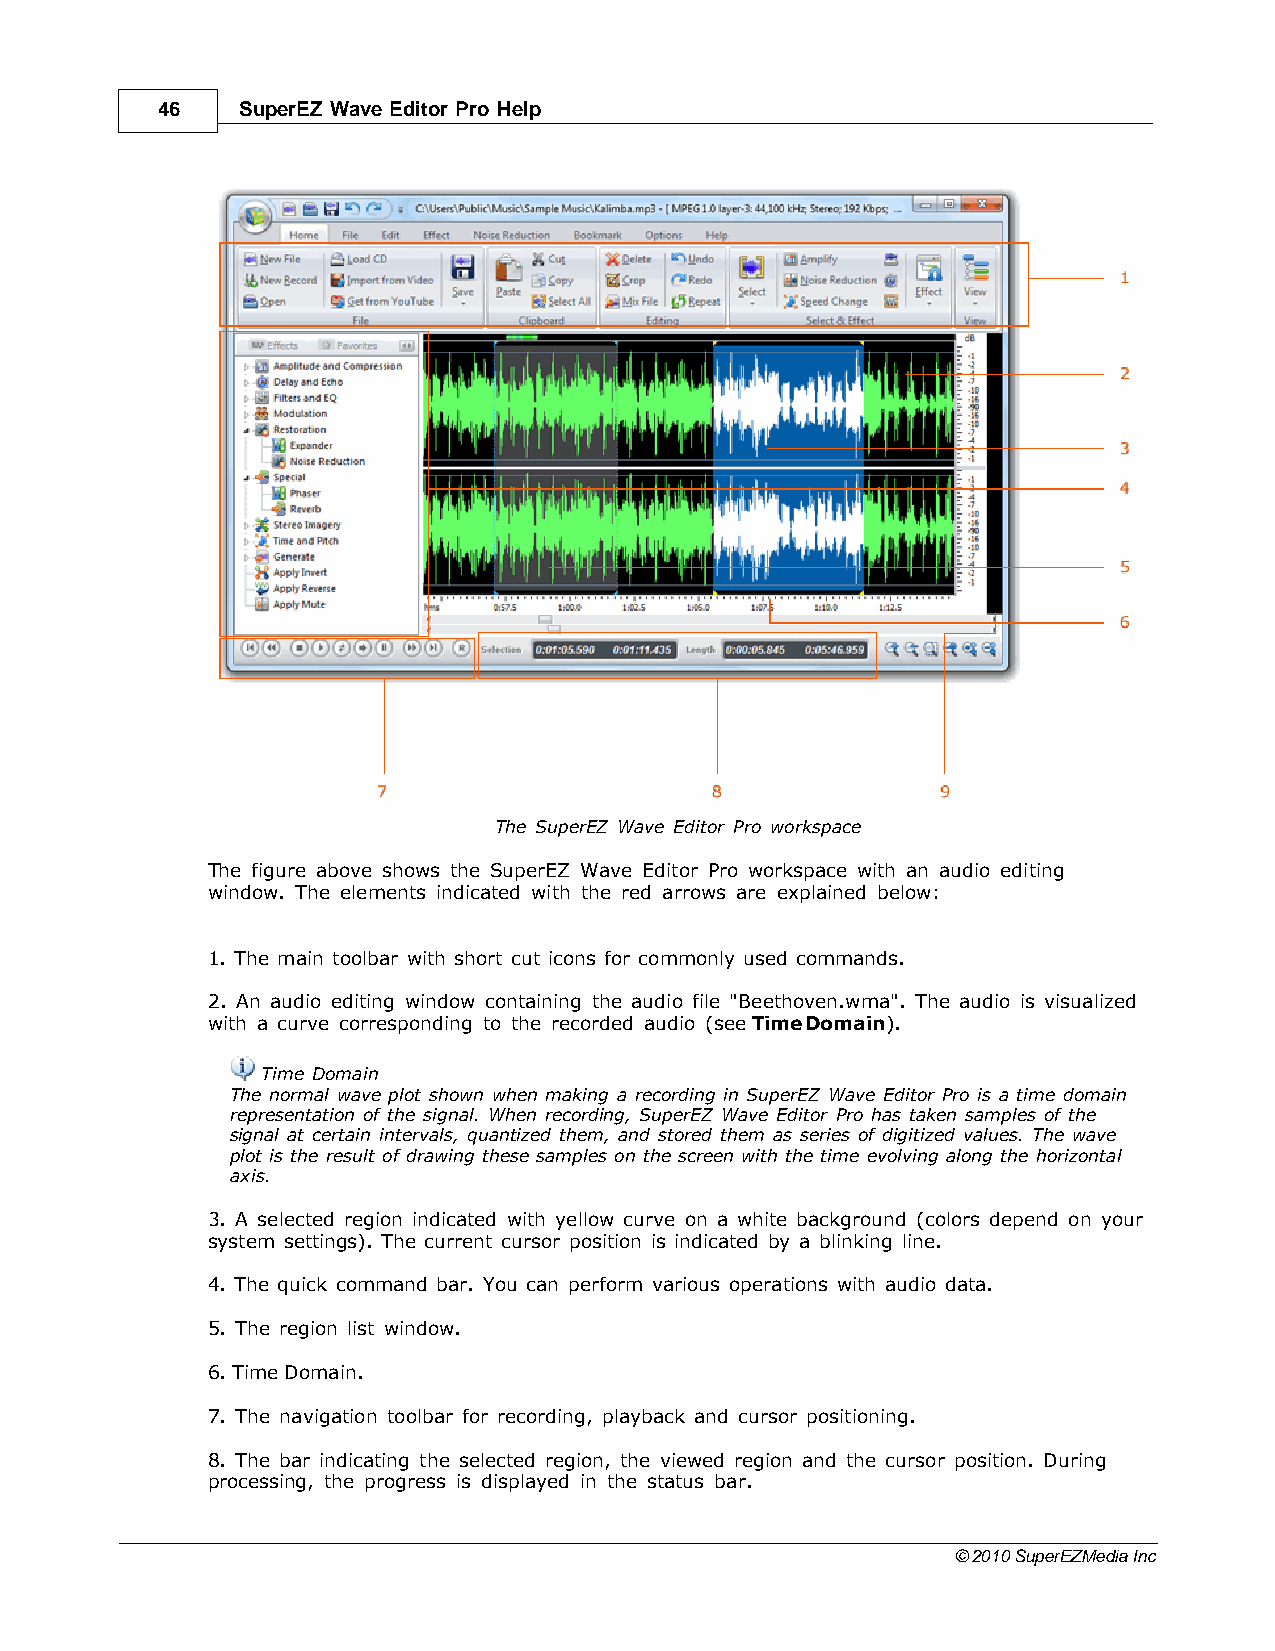
46    SuperEZ Wave Editor Pro Help
 The SuperEZ Wave Editor Pro workspace
 The figure above shows the SuperEZ Wave Editor Pro workspace with an audio editing
 window. The elements indicated with the red arrows are explained below:
 1. The main toolbar with short cut icons for commonly used commands.
 2. An audio editing window containing the audio file "Beethoven.wma". The audio is visualized
 with a curve corresponding to the recorded audio (see Time Domain).
 Time Domain
 The normal wave plot shown when making a recording in SuperEZ Wave Editor Pro is a time domain
 representation of the signal. When recording, SuperEZ Wave Editor Pro has taken samples of the
 signal at certain intervals, quantized them, and stored them as series of digitized values. The wave
 plot is the result of drawing these samples on the screen with the time evolving along the horizontal
 axis.
 3. A selected region indicated with yellow curve on a white background (colors depend on your
 system settings). The current cursor position is indicated by a blinking line.
 4. The quick command bar. You can perform various operations with audio data.
 5. The region list window.
 6. Time Domain.
 7. The navigation toolbar for recording, playback and cursor positioning.
 8. The bar indicating the selected region, the viewed region and the cursor position. During
 processing, the progress is displayed in the status bar.
 © 2010 SuperEZMedia Inc